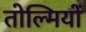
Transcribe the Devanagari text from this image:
तोल्मियों